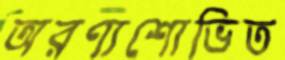
অরণ্যশোভিত